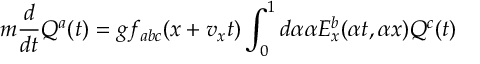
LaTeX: m { \frac { d } { d t } } Q ^ { a } ( t ) = g f _ { a b c } ( x + v _ { x } t ) \int _ { 0 } ^ { 1 } d \alpha \alpha E _ { x } ^ { b } ( \alpha t , \alpha x ) Q ^ { c } ( t )